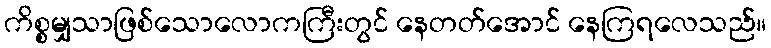
ကိစ္စမျှသာဖြစ်သောလောကကြီးတွင် နေတတ်အောင် နေကြရလေသည်။